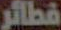
فطائر